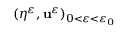
( \eta ^ { \varepsilon } , \mathbf { u } ^ { \varepsilon } ) _ { 0 < \varepsilon < \varepsilon _ { 0 } }